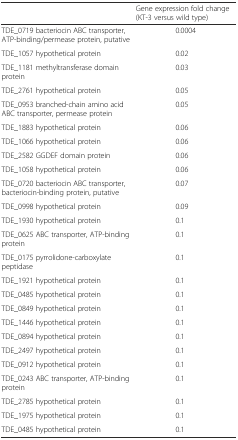
|  | Gene expression fold change (KT-3 versus wild type) |
 | --- | --- |
 | TDE_0719 bacteriocin ABC transporter, ATP-binding/permease protein, putative | 0.0004 |
 | TDE_1057 hypothetical protein | 0.02 |
 | TDE_1181 methyltransferase domain protein | 0.03 |
 | TDE_2761 hypothetical protein | 0.05 |
 | TDE_0953 branched-chain amino acid ABC transporter, permease protein | 0.05 |
 | TDE_1883 hypothetical protein | 0.06 |
 | TDE_1066 hypothetical protein | 0.06 |
 | TDE_2582 GGDEF domain protein | 0.06 |
 | TDE_1058 hypothetical protein | 0.06 |
 | TDE_0720 bacteriocin ABC transporter, bacteriocin-binding protein, putative | 0.07 |
 | TDE_0998 hypothetical protein | 0.09 |
 | TDE_1930 hypothetical protein | 0.1 |
 | TDE_0625 ABC transporter, ATP-binding protein | 0.1 |
 | TDE_0175 pyrrolidone-carboxylate peptidase | 0.1 |
 | TDE_1921 hypothetical protein | 0.1 |
 | TDE_0485 hypothetical protein | 0.1 |
 | TDE_0849 hypothetical protein | 0.1 |
 | TDE_1446 hypothetical protein | 0.1 |
 | TDE_0894 hypothetical protein | 0.1 |
 | TDE_2497 hypothetical protein | 0.1 |
 | TDE_0912 hypothetical protein | 0.1 |
 | TDE_0243 ABC transporter, ATP-binding protein | 0.1 |
 | TDE_2785 hypothetical protein | 0.1 |
 | TDE_1975 hypothetical protein | 0.1 |
 | TDE_0485 hypothetical protein | 0.1 |